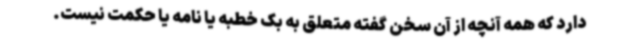
دارد که همه آنچه از آن سخن گفته متعلق به بک خطبه یا نامه یا حکمت نیست.